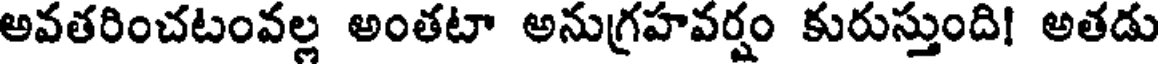
అవతరించటంవల్ల అంతటా అనుగ్రహవర్షం కురుస్తుంది! అతడు